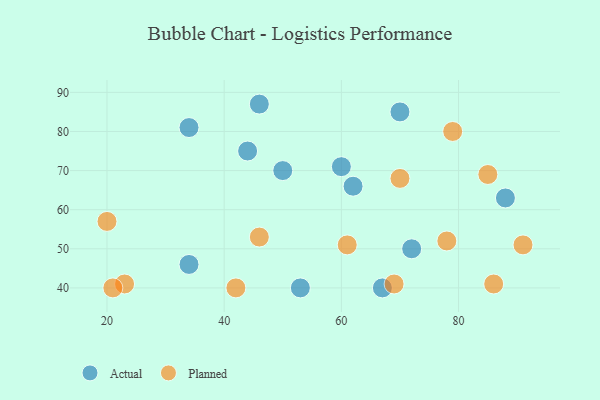
{"axis": {"x": "GDP", "y": "Life Expectancy"}, "legend": ["Actual", "Planned"], "data": [{"x": "67", "y": 40, "type": "Actual"}, {"x": "72", "y": 50, "type": "Actual"}, {"x": "62", "y": 66, "type": "Actual"}, {"x": "34", "y": 46, "type": "Actual"}, {"x": "60", "y": 71, "type": "Actual"}, {"x": "44", "y": 75, "type": "Actual"}, {"x": "46", "y": 87, "type": "Actual"}, {"x": "53", "y": 40, "type": "Actual"}, {"x": "88", "y": 63, "type": "Actual"}, {"x": "70", "y": 85, "type": "Actual"}, {"x": "34", "y": 81, "type": "Actual"}, {"x": "50", "y": 70, "type": "Actual"}, {"x": "79", "y": 80, "type": "Planned"}, {"x": "23", "y": 41, "type": "Planned"}, {"x": "61", "y": 51, "type": "Planned"}, {"x": "69", "y": 41, "type": "Planned"}, {"x": "42", "y": 40, "type": "Planned"}, {"x": "70", "y": 68, "type": "Planned"}, {"x": "20", "y": 57, "type": "Planned"}, {"x": "78", "y": 52, "type": "Planned"}, {"x": "91", "y": 51, "type": "Planned"}, {"x": "21", "y": 40, "type": "Planned"}, {"x": "46", "y": 53, "type": "Planned"}, {"x": "85", "y": 69, "type": "Planned"}, {"x": "86", "y": 41, "type": "Planned"}]}